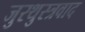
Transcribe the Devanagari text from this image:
जुरथुस्त्रवाद